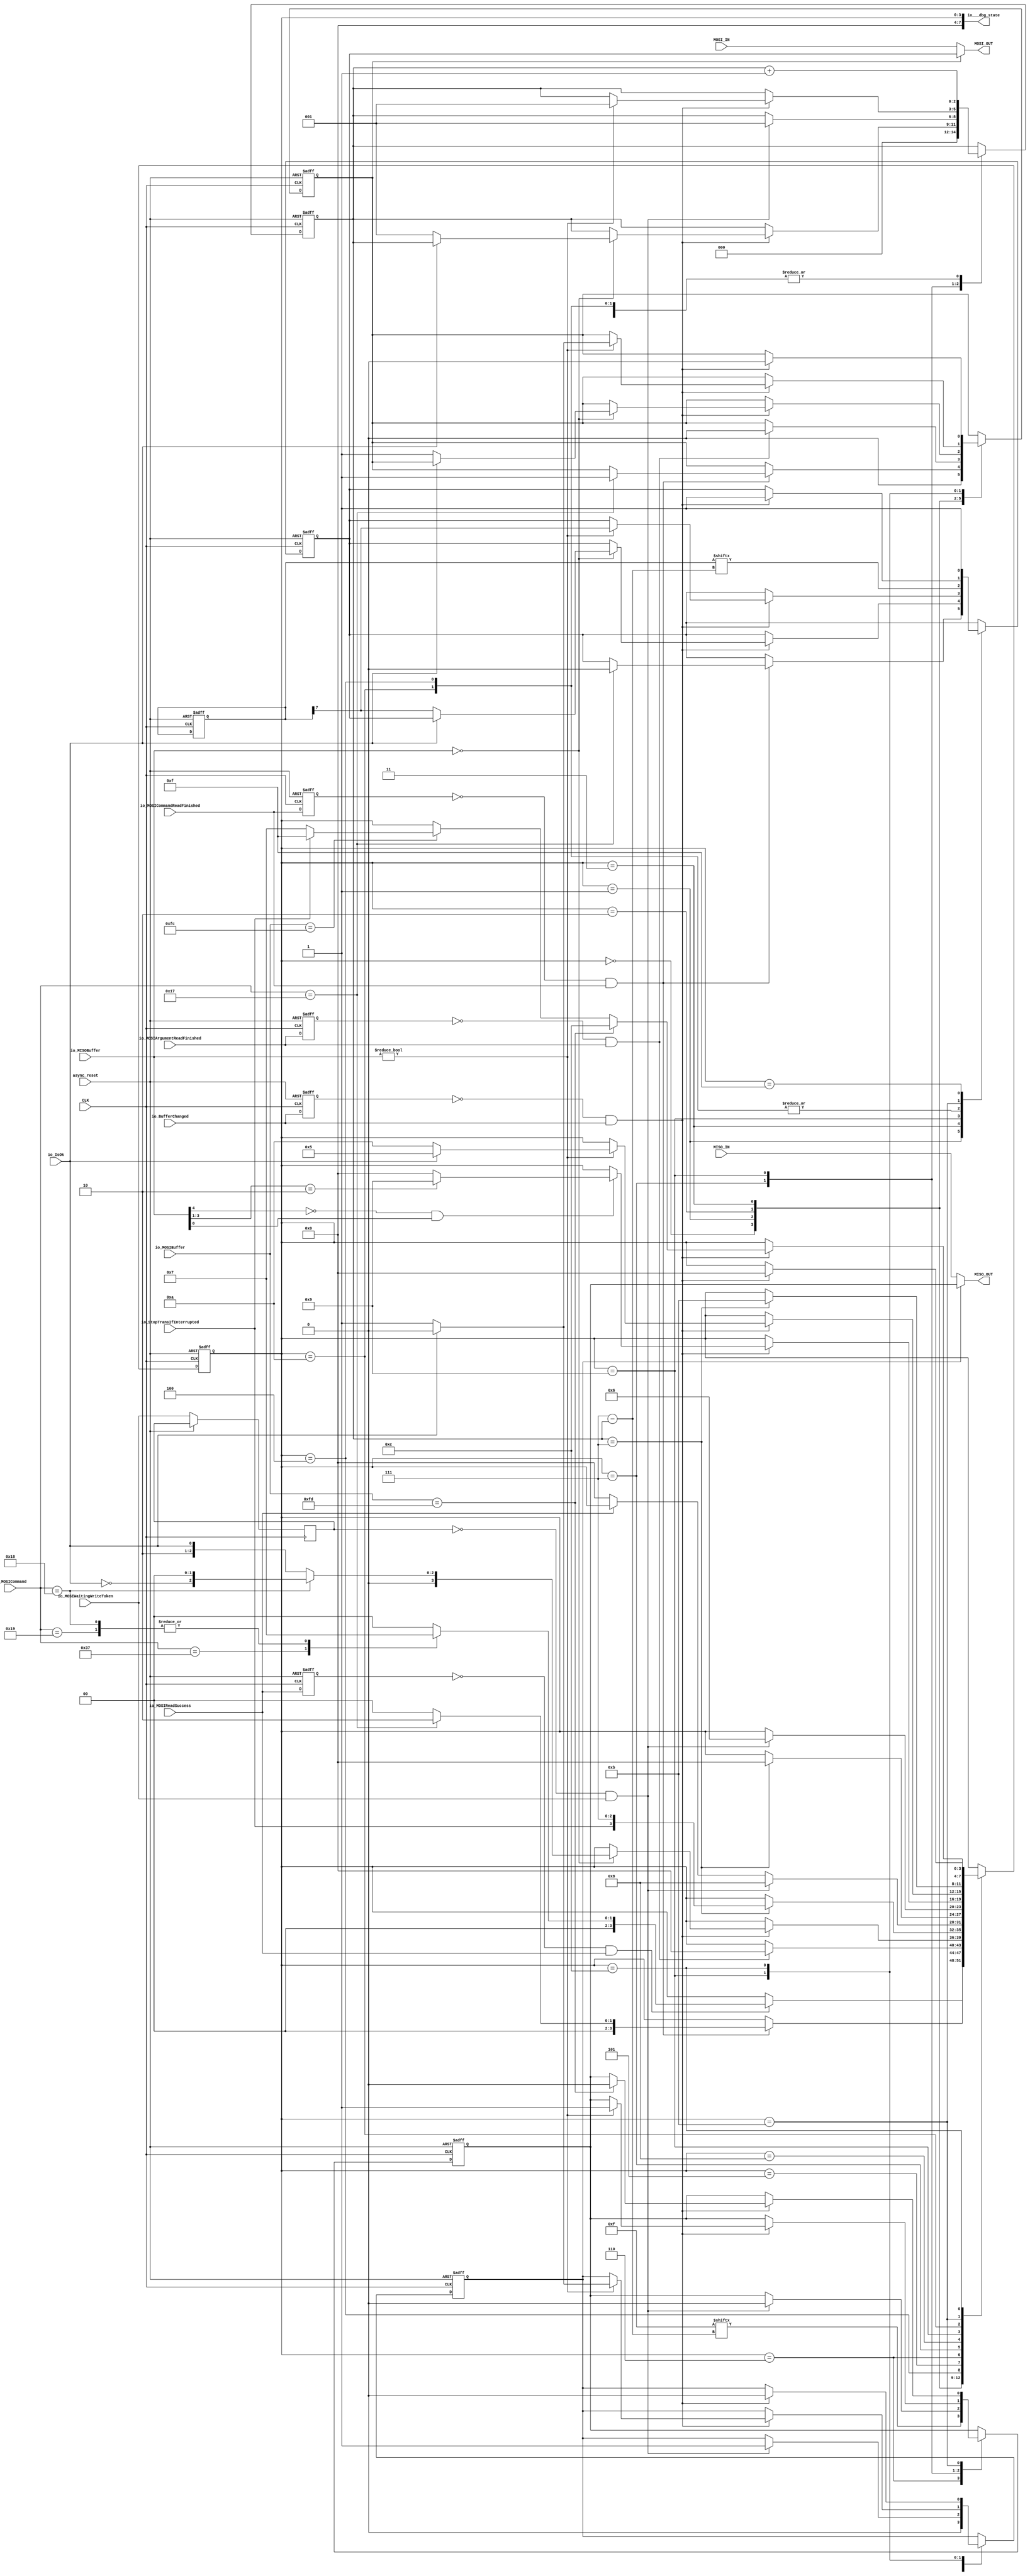
module SpiInjector(
    input async_reset,
    input CLK,
    input MOSI_IN,
    output MOSI_OUT,
    input MISO_IN,
    output MISO_OUT,
    input io_MOSIWaitingWriteToken,
    input [7:0] io_MOSIBuffer,
    input io_IsOk,
    input [5:0] io_MOSICommand,
    input io_MOSICommandReadFinished,
    input io_MOSIArgumentReadFinished,
    input io_MOSIReadSuccess,

    input [7:0] io_MISOBuffer,
    input io_BufferChanged,

    input io_StopTransIfInterrupted,
    // BLOCK ROM PORTS
    // input [7:0] blkrom_Q,
    // output [7:0] blkrom_address,
    // output blkrom_inclock,
    // output blkrom_inclocken,
    // output blkrom_outclock,
    // output blkrom_outclocken,

    output [7:0] io___dbg_state
);
    reg MOSIoutDat;
    reg MOSIsel;
    reg MISOoutDat;
    reg MISOsel;
    reg [2:0] counter;
    assign MOSI_OUT = MOSIsel ? MOSIoutDat : MOSI_IN;
    assign MISO_OUT = MISOsel ? MISOoutDat : MISO_IN;

    reg io_MOSIReadSuccess_hist;
    reg io_MOSICommandReadFinished_hist;
    reg io_MOSIArgumentReadFinished_hist;
    reg io_MOSIWaitingWriteToken_hist;
    reg io_BufferChanged_hist;

    reg [3:0] state;

    assign io___dbg_state = {4'b0, state};

    reg [0:7] stoptrans;
    reg [0:7] errortoken;
    initial begin
        stoptrans <= 8'b11111101;
        errortoken <= 8'b00001111;
    end

    always @(negedge CLK, posedge async_reset) begin
        if(async_reset) begin
            counter <= 8'b0;
            MOSIoutDat <= 1;
            MISOoutDat <= 0;
            MOSIsel <= 0;
            MISOsel <= 0;
            state <= 0;
            io_MOSIReadSuccess_hist <= 0;
            io_MOSICommandReadFinished_hist <= 0;
            io_MOSIArgumentReadFinished_hist <= 0;
            io_BufferChanged_hist <= 0;
            stoptrans <= 8'b11111101;
        end else begin
            case(state)
                4'b0000: begin
                    MISOsel <= 0;
                    MOSIsel <= 0;
                    if (~io_MOSIReadSuccess_hist && io_MOSIReadSuccess) begin
                        case (io_MOSICommand)
                            55:      state <= 4'b0001;
                            24:      state <= 4'b0011;
                            25:      state <= 4'b0011;
                            default: state <= 4'b0000;
                        endcase
                    end
                    counter <= 0;
                end
                4'b0001: begin
                    if (~io_MOSICommandReadFinished_hist && io_MOSICommandReadFinished) begin
                        if (io_MOSICommand == 23) begin // SetEraseBlockCount
                            state <= 4'b0010;
                            MOSIsel <= 1;
                            MOSIoutDat <= 0;
                        end else begin
                            state <= 4'b0000;
                        end
                    end
                end
                4'b0010: begin // SetEraseBlockCount
                    if (~io_MOSIArgumentReadFinished_hist && io_MOSIArgumentReadFinished) begin
                        MOSIsel <= 0;
                        state <= 4'b0000;
                    end
                end
                4'b0011: begin // Write Command~Token:WAIT for busy -> Write Stop Trans Token
                    if (~io_BufferChanged_hist && io_BufferChanged) begin
                        if (io_MISOBuffer == 0) begin
                            if(~io_IsOk) begin
                                MOSIoutDat <= stoptrans[0];
                                MOSIsel <= 1;
                                counter <= 1;
                            end
                            if (io_MOSICommand == 24) begin
                                state <= {1'b0, ~io_IsOk, 2'b00}; //io_IsOk ? 4'b0100 : 4'b0000;
                            end else begin
                                state <= {3'b010, io_IsOk}; // io_IsOk ? 4'b0101 : 4'b0100;
                            end
                        end
                    end
                end
                4'b0100: begin // Write Stop Transmit Token.(CMD24) on ERROR.
                    MOSIoutDat <= stoptrans[counter];
                    if(counter == 3'b111) begin
                        state <= {io_StopTransIfInterrupted, 3'b111}; // io_StopTransIfInterrupted ? 4'b1111 : 4'b0111;
                    end
                    counter <= counter + 1;
                end
                4'b0101: begin // Waiting Write Token. (CMD25)
                    if (~io_MOSIWaitingWriteToken_hist && io_MOSIWaitingWriteToken) begin
                        state <= 4'b1000;
                    end else if (~io_MOSIReadSuccess) begin // end transmission
                        state <= 4'b0000;
                    end
                end

                4'b0110: begin // Error Response Returning.
                    MISOoutDat <= errortoken[counter];
                    if(counter == 3'b111) begin
                        state <= 4'b0000;
                    end
                    counter <= counter + 1;
                end
                4'b0111: begin // Error injection...(TODO)
                    if (~io_MOSIWaitingWriteToken_hist && io_MOSIWaitingWriteToken) begin
                        state <= 4'b0110;
                        MISOsel <= 1;
                        MISOoutDat <= errortoken[0];
                        counter <= 1;
                    end
                end

                4'b1000: begin // check if next block writing is valid on multi block write
                    if (~io_BufferChanged_hist && io_BufferChanged) begin
                        if(io_MISOBuffer[4] == 0 && io_MISOBuffer[0] == 1) begin
                            if(io_MISOBuffer[3:1] == 5'b010) begin
                                state <= 4'b1001;
                            end else begin
                                state <= 4'b0000;
                            end
                        end
                    end
                end
                4'b1001: begin // Waiting for busy.
                    if (~io_BufferChanged_hist && io_BufferChanged) begin
                        if (io_MISOBuffer != 0) begin // check if busy state was ended.
                            if (io_IsOk) begin
                                state <= 4'b0101;
                                MISOsel <= 0;
                                MOSIsel <= 0;
                            end else begin
                                state <= 4'b1010;
                                MISOsel <= 1;
                                MOSIsel <= 1;
                            end
                            MISOoutDat <= 1;
                            MOSIoutDat <= stoptrans[0];
                            counter <= 1;
                        end
                    end
                end
                4'b1010: begin // Write Stop Transmit Token.(CMD25) on ERROR.
                    MOSIoutDat <= stoptrans[counter];
                    if(counter == 3'b111) begin
                        state <= 4'b1011;
                    end
                    counter <= counter + 1;
                end
                4'b1011: begin // Waiting for Master's (Stop Trans|Data) Token.
                    if (~io_BufferChanged_hist && io_BufferChanged) begin
                        MOSIoutDat <= 1;
                        if (io_MOSIBuffer == 8'b11111101) begin // Stop trans!, Send Response.
                            MISOoutDat <= 0;
                            state <= 4'b1100;
                        end else if (io_MOSIBuffer == 8'b11111100) begin // writing even else...
                            state <= io_StopTransIfInterrupted ? 4'b1111 : 4'b0111;
                        end
                    end
                end
                4'b1100: begin // End sending Response.
                    if (~io_BufferChanged_hist && io_BufferChanged) begin
                        MISOsel <= 0;
                        MOSIsel <= 0;
                        state <= 4'b0000;
                    end
                end
                4'b1111: begin // STOP SENDING....
                    MOSIoutDat <= 1;
                end
            endcase
            io_MOSIReadSuccess_hist <= io_MOSIReadSuccess;
            io_MOSICommandReadFinished_hist <= io_MOSICommandReadFinished;
            io_MOSIArgumentReadFinished_hist <= io_MOSIArgumentReadFinished;
            io_BufferChanged_hist <= io_BufferChanged;
            io_MOSIWaitingWriteToken_hist <= io_MOSIWaitingWriteToken;
        end
    end
endmodule